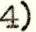
4)